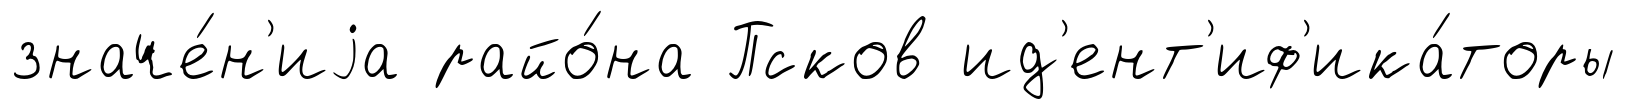
значе́н'иjа райо́на Псков ид'ент'иф'ика́торы